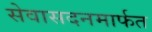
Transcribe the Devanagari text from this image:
सेवासदनमार्फत